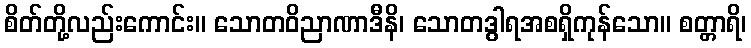
စိတ်တို့လည်းကောင်း။ သောတဝိညာဏာဒီနိ၊ သောတဒွါရအစရှိကုန်သော။ စတ္တာရိ၊